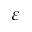
\varepsilon